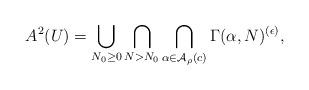
LaTeX: \begin{gather*}A^2(U)= \bigcup_{N_0\geq0} \bigcap_{N> N_0} \bigcap_{\alpha \in \mathcal{A}_\rho(c)} \Gamma(\alpha,N)^{(\epsilon)}, \end{gather*}